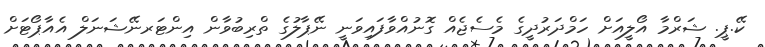
ކޭ.ޕީ. ޝަރްމާ އޯލީއަށް ހަމްދަރުދީގެ މެސެޖެއް ގޮނުއްވާފައިވަނީ ނޭޕާލުގެ ތްރިބުވާން އިންޓަރނޭޝަނަލް އެއާޕޯޓަށް